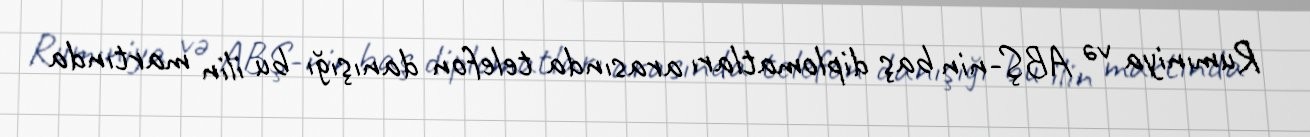
Rumıniya və ABŞ-nin baş diplomatları arasında telefon danışığı bu ilin martında